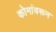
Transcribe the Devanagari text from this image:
कोनांवरून